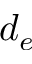
d _ { e }